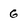
Character: G